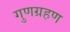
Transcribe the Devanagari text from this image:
गुणग्रहण